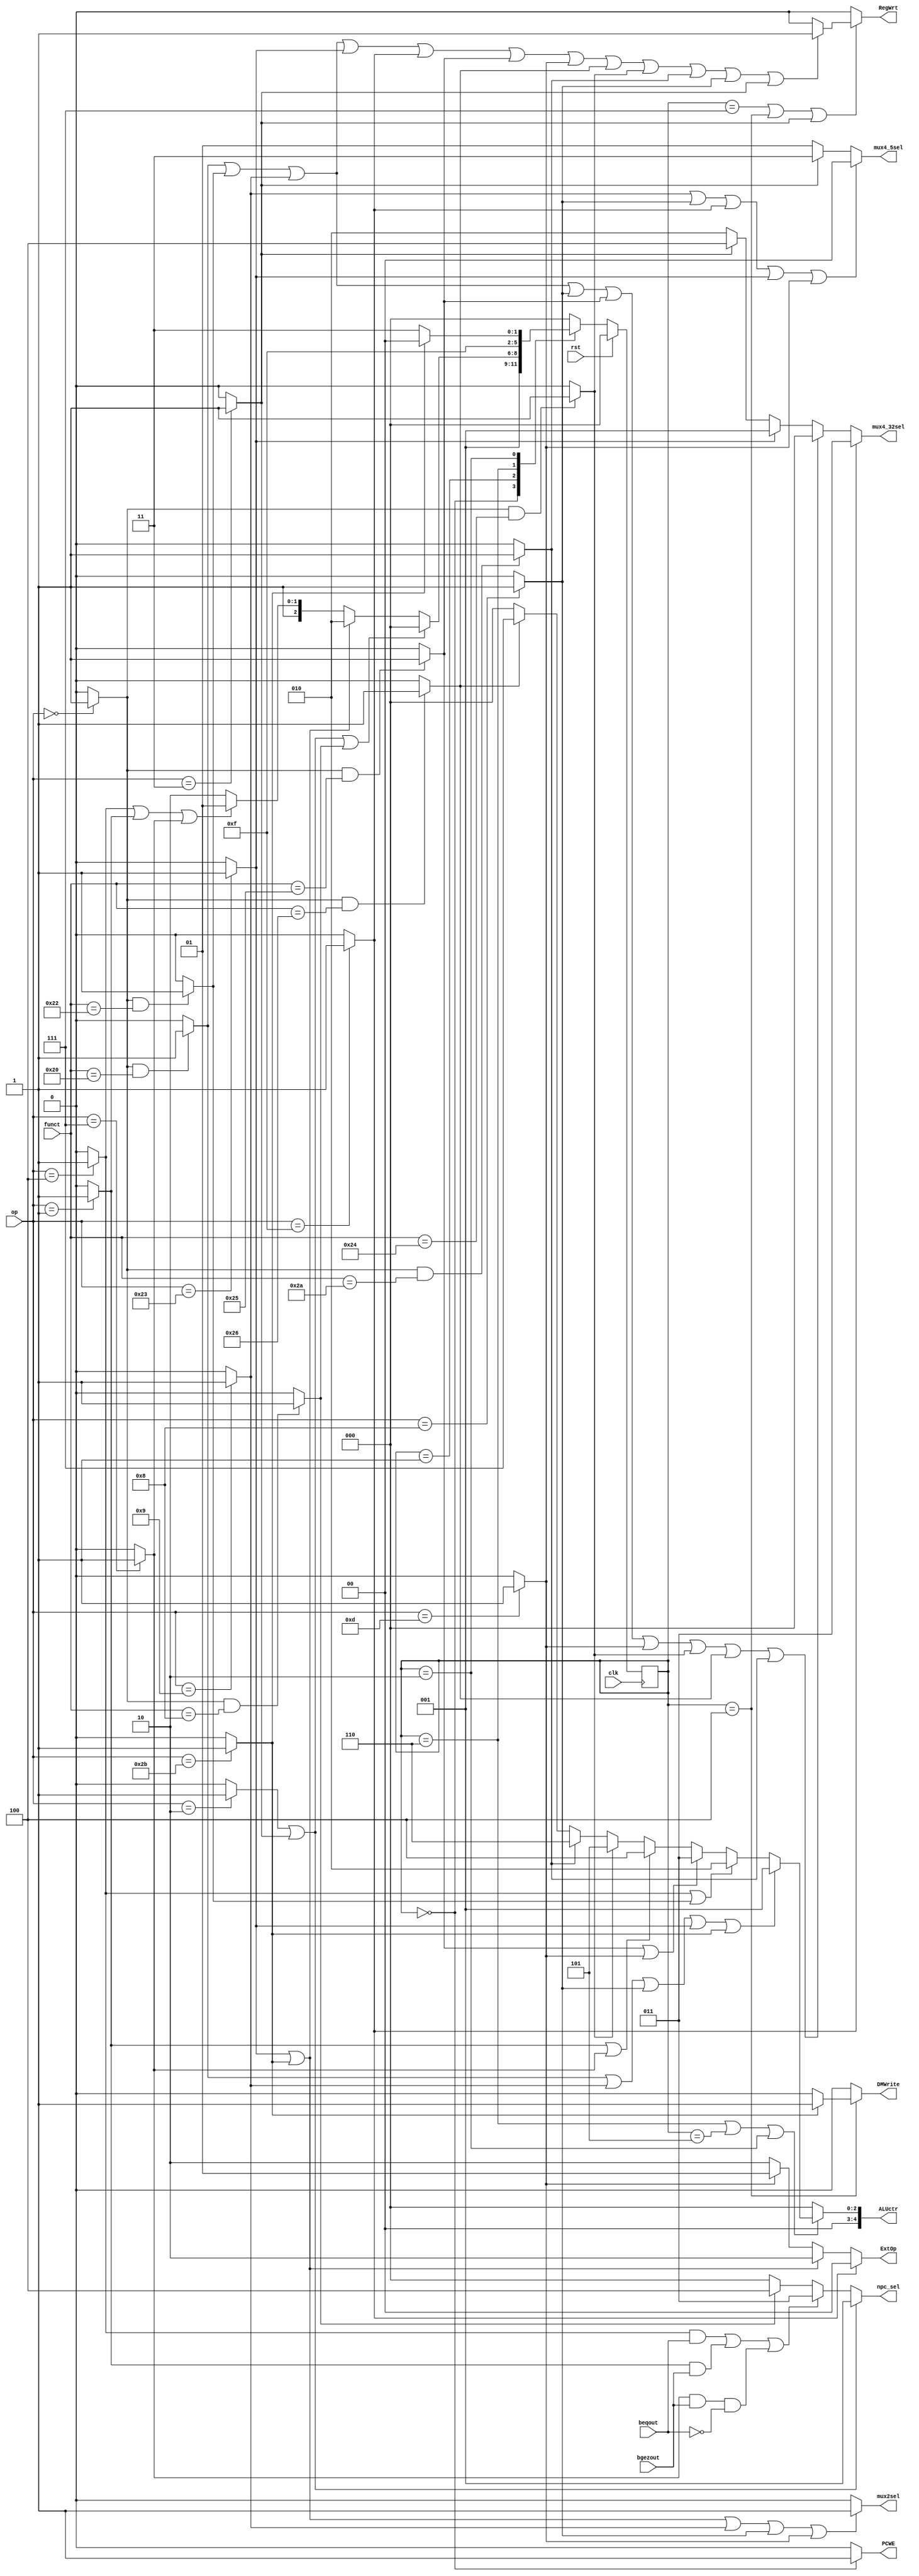
module ctrl (PCWE,clk,rst,op,funct,beqout,bgezout,ALUctr,DMWrite,npc_sel,RegWrt,ExtOp,mux4_5sel,mux4_32sel,mux2sel);//ALUctr[1:0]
   input      	 clk,rst;
   input        beqout;//made by alu
   input        bgezout;
   input [5:0]  op,funct;
   
   //control signal out
   output [4:0] ALUctr;
   output       DMWrite;
   output [2:0] npc_sel;
   output       RegWrt;
   output [1:0] ExtOp;
   output 	PCWE;

   
   output [1:0] mux4_5sel;
   output [2:0] mux4_32sel;
   output mux2sel;
   
   
   reg 	PCWE,RegWrt,DMWrite,mux2sel;
   reg [1:0] mux4_5sel,ExtOp;
   reg [4:0] ALUctr;
   reg [2:0] mux4_32sel,npc_sel,state,next_state,state_out;
   
   wire Rtype,add,sub,addiu,lw,sw,XOR,j,beq,AND,jr,OR,bgez,ori,jal,bgtz,slt;//Rtype,addu,subu,ori,lw,sw,beq,lui,addi,addiu,slt,j,jal,jr,lb,lbu,lh,lhu,sb,sh,slti;   //former
   //wire add,sub,sll,srl,sra,sllv,srlv,srav,AND,OR,XOR,NOR,andi,XORi,sltiu,bne,blez,bgtz,bltz,bgez,jalr;//added
   //???
   assign Rtype = (op==6'b000000)?1:0;//!
   assign add   = (Rtype&&funct==6'b100000)?1:0;   	//&& ???it's better to be included in "head.v"
   assign sub   = (Rtype&&funct==6'b100010)?1:0;
   assign lw    = (op==6'b100011)?1:0;
   assign sw    = (op==6'b101011)?1:0;
   assign beq   = (op==6'b000100)?1:0;
   assign lui   = (op==6'b001111)?1:0;
   assign addiu = (op==6'b001001)?1:0;
   assign j     = (op==6'b000010)?1:0;
   assign jal   = (op==6'b000011)?1:0;
   assign OR 	 = (Rtype&&funct==6'b100101)?1:0;	//why &&  PLZ SEE LINE 20
   assign ori   = (op==6'b001101)?1:0;
   assign bgez  = (op==6'b000001)?1:0;
   assign bgtz  = (op==6'b000111)?1:0;
   assign AND   = (Rtype&&funct==6'b100100)?1:0;
   assign jr    = (Rtype&&funct==6'b001000)?1:0;
   assign slt   = (Rtype&&funct==6'b101010)?1:0;
   assign addi  = (op==6'b001000)?1:0;
   assign XOR   = (Rtype&&funct==6'b100110)?1:0;
   
   //
   parameter [2:0] sif = 3'b000,   // IF state
	                sid = 3'b001,   // ID state
					exe1 = 3'b110,  // addsubaddlorandorimovesltsll
					exe2 = 3'b101,  // beq
					exe3 = 3'b010,  // swlw
					smem = 3'b011,  // MEM state
					wb1 = 3'b111,   // addsubaddlorandorimovesltsll
					wb2 = 3'b100;   // lw
  
	initial begin// 
		state = sif;
		state_out = state;
	end
	
	always @(posedge clk) begin//
	     if (rst == 1) begin
		      state <= sif;
		  end else begin
		      state <= next_state;
		  end
		  state_out = state;
	 end
	 
	 always @(state or op) begin//
	case(state)
	    sif: next_state = sid;
		sid: begin
			if(j==1||jal==1||jr==1)next_state=sif;
			else if (lw==1||sw==1)next_state = exe3;
			else if (beq==1||bgez==1||bgtz==1)next_state=exe2;
			else next_state=exe1;
		end
		exe1: next_state = wb1;
		exe2: next_state = sif;
		exe3: begin
				if (sw==1) next_state = wb2; // sw
				else next_state = wb1;// lw
			end
		wb1: next_state = sif;
		wb2: next_state = sif;
		default: next_state = sif;
	endcase
	end
   
   always @(state)begin
	
	//IFPC
	if (state == sif) PCWE = 1;
    else PCWE = 0;
   
    //WBDM
	if(state == wb2) DMWrite = (sw)?'b1:'b0;
	else DMWrite =0;
	
	//RWREG
	if(state == wb1 || state == wb2 || jal ==1) RegWrt =(add||sub||addiu||lw||lui||OR||ori||XOR||AND||slt||addi||jal)?'b1:'b0;
	else RegWrt=0;
	
	//EXE
	if(state == exe1 || state == exe2 || state ==exe3 )ALUctr = (add||addiu||addi||lw||sw)?5'b00001:(beq||sub)?5'b00010:(OR||ori)?5'b00011:(bgez||bgtz)?5'b00100:(AND)?5'b00101:(slt)?5'b00110:(XOR)?5'b00111:5'b00000;
	else ALUctr=5'b00000;
	
	npc_sel<= (j||jal)?3'b001:((beq&&beqout)||(bgez&&bgezout)||(bgtz&&bgezout&&!beqout))?3'b011:(jr)?3'b100:3'b000; //singular  valuebeq?11//COMPLETE
	ExtOp <=(lui)?2'b00:(lw||sw)?2'b10:(ori)?2'b01:2'b10;//EXT//OR DONT USE EXTOP//COMPLETE
	mux4_5sel <=  (addiu||addi||lui||lw||ori)?2'b00:(jal)?2'b11:2'b01;//add-regdstSel//OR SAVE DATE AT RD//COMPLETE
	mux2sel  <= (lw||sw||addiu||addi||ori)?'b1:'b0;//beq-ALUSRC//complete
	mux4_32sel <= (lui)?3'b011:(add||sub||addiu||addi||OR||ori||AND||XOR||slt)?3'b000:(lw)?3'b001:(jal)?3'b100:3'b010;//??????pc+4????JAL-MEMTOREG//complete
   
   end
            //(add||addiu||lw||sw)?3'b001:(beq)?3'b010:3'b000;
   // assign DMWrite = (sw)?'b1:'b0;//COMPLETE
   // assign npc_sel= (j||jal)?3'b001:((beq&&beqout)||(bgez&&bgezout)||(bgtz&&bgezout&&!beqout))?3'b011:(jr)?3'b100:3'b000;  //singular  valuebeq?11//COMPLETE
   // assign RegWrt =(add||sub||addiu||lw||lui||OR||ori||XOR||AND||slt||addi||jal)?'b1:'b0;//JAL???????????????//COMPLETE
   // assign ExtOp =(lui)?2'b00:(lw||sw)?2'b10:(ori)?2'b01:2'b10;//EXT//OR DONT USE EXTOP//COMPLETE
   // assign mux4_5sel =  (addiu||addi||lui||lw||ori)?2'b00:(jal)?2'b11:2'b01;//add-regdst//OR SAVE DATE AT RD//COMPLETE
   // assign mux2sel  = (lw||sw||addiu||addi||ori)?'b1:'b0;//beq-ALUSRC//complete
   // assign mux4_32sel = (lui)?3'b011:(add||sub||addiu||addi||OR||ori||AND||XOR||slt)?3'b000:(lw)?3'b001:(jal)?3'b100:3'b010;//??????pc+4????JAL-MEMTOREG//complete
   
   // assign ALUctr = (add||addiu||addi||lw||sw)?5'b00001:(beq||sub)?5'b00010:(OR||ori)?5'b00011:(bgez||bgtz)?5'b00100:(AND)?5'b00101:(slt)?5'b00110:(XOR)?5'b00111:5'b00000;//ALUCLASS//using sub to complete beq
   
endmodule